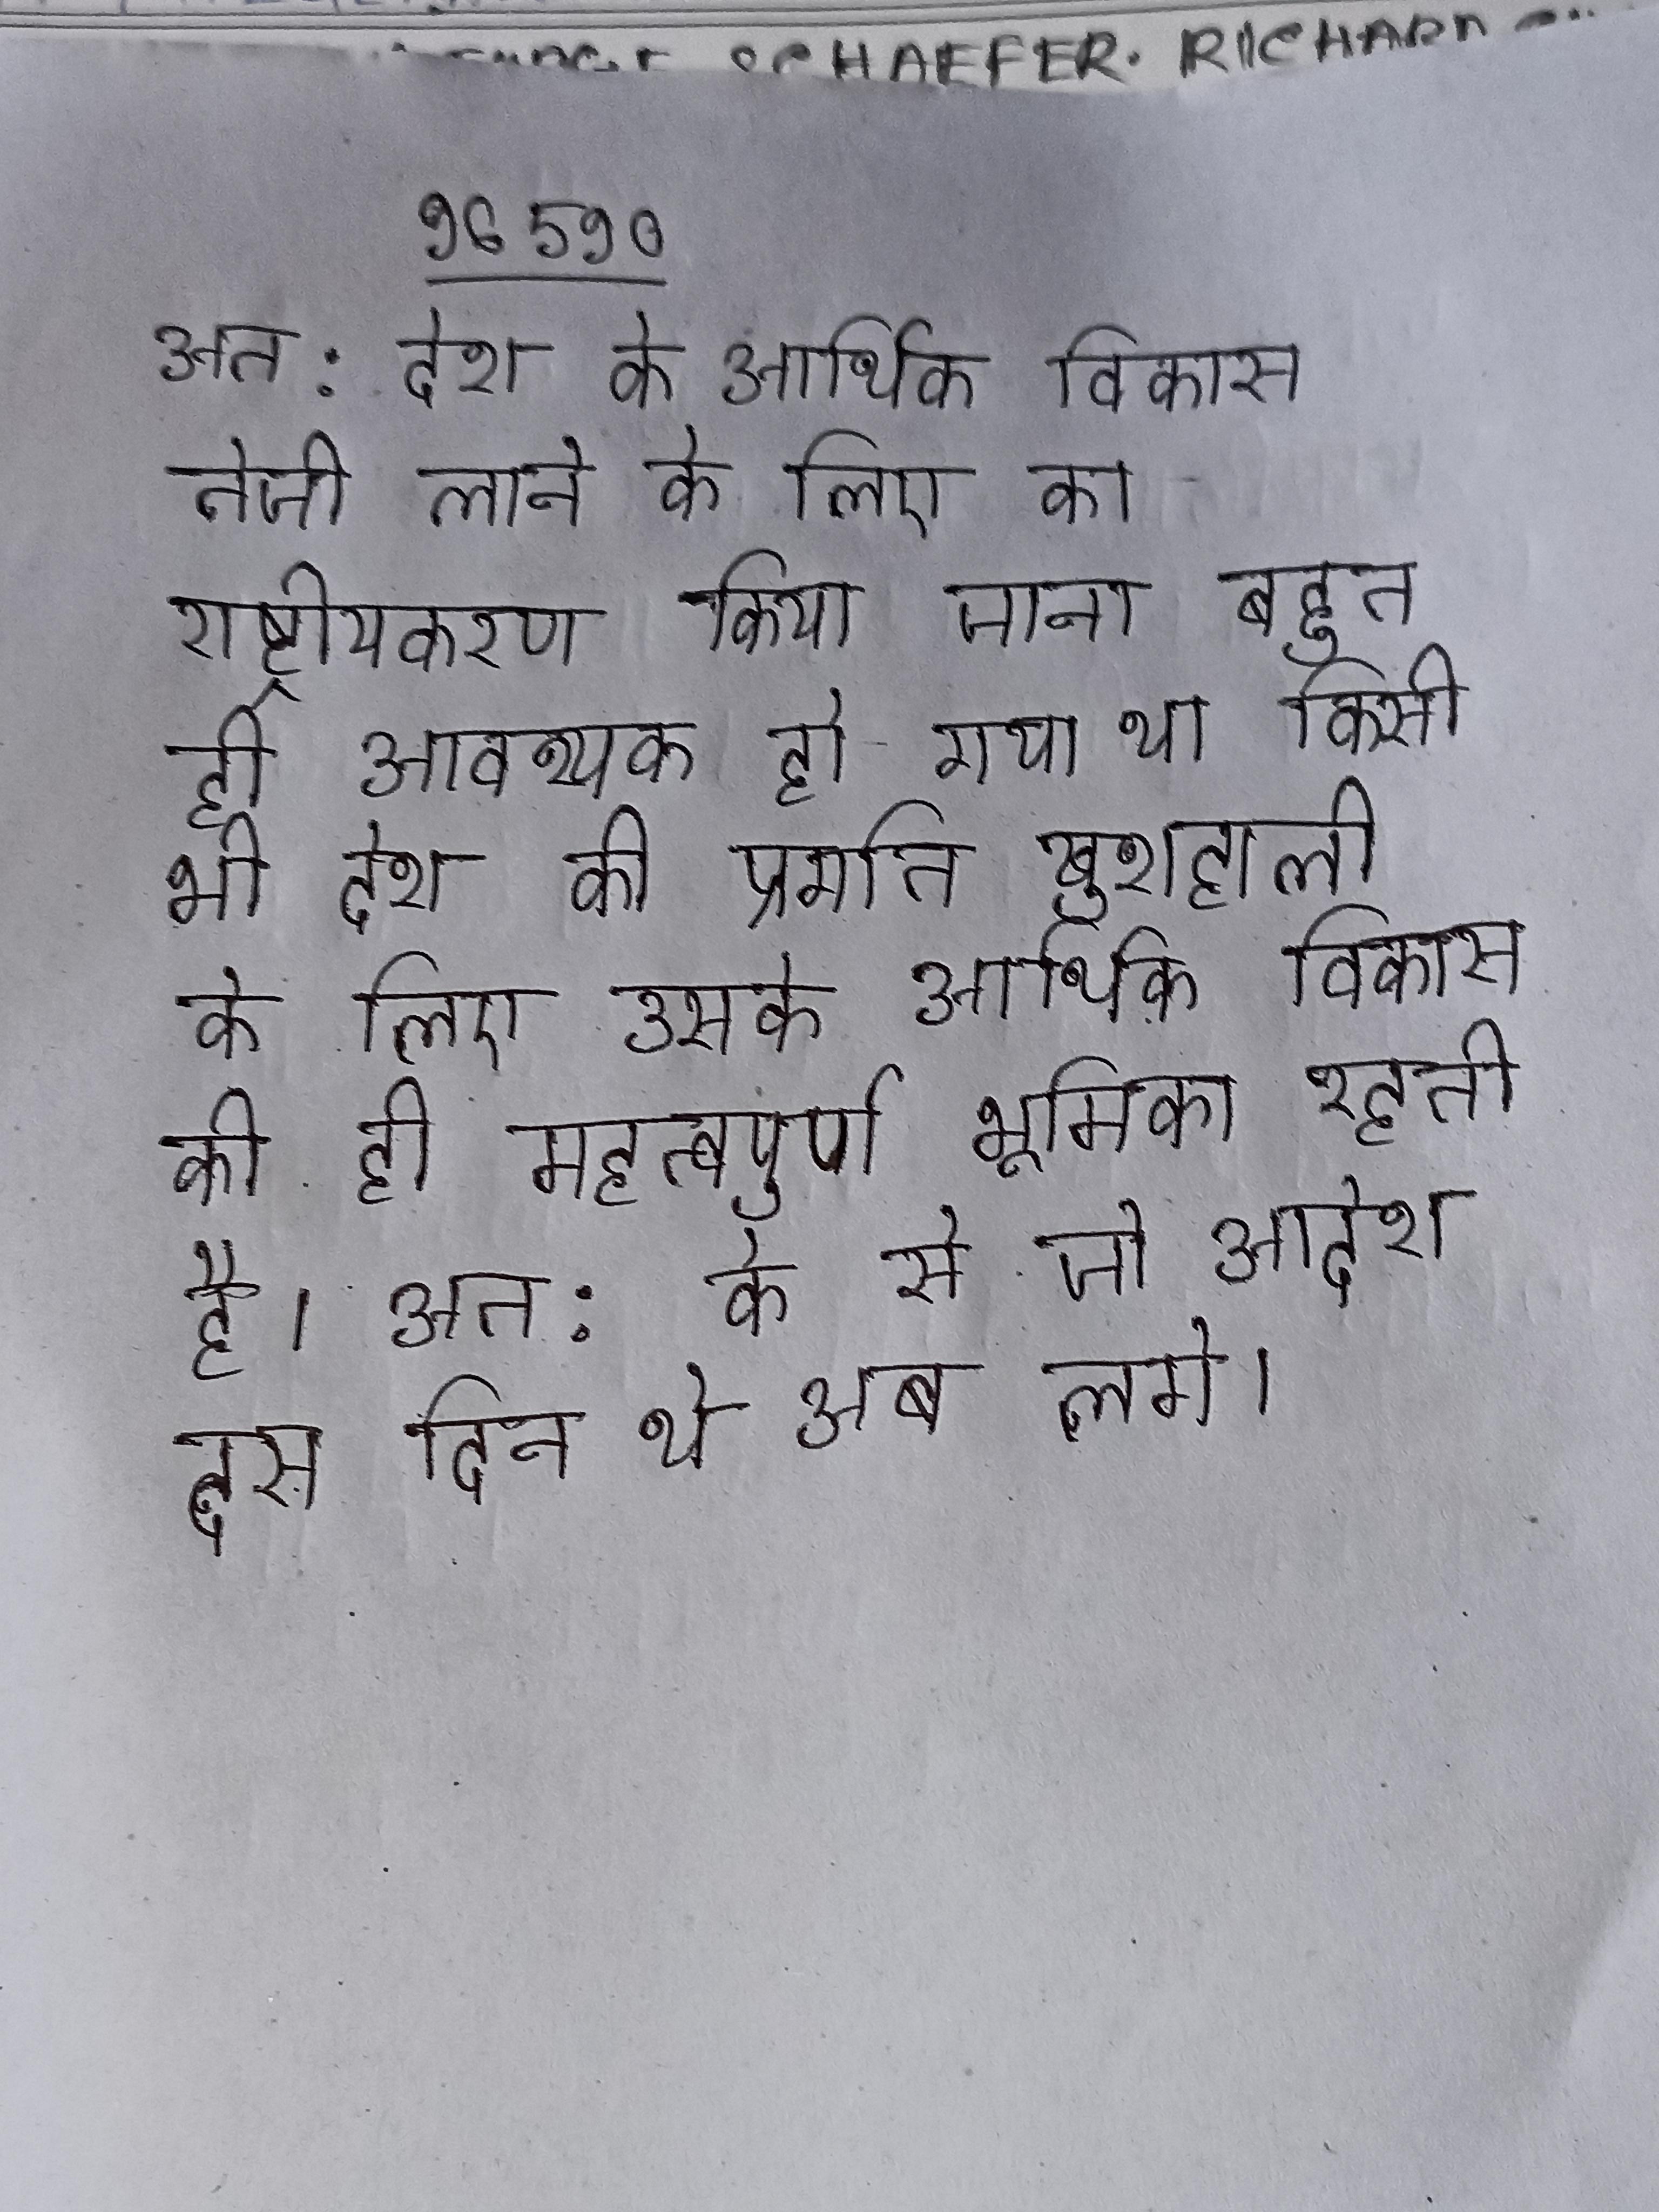
अत: देश के आर्थिक विकास तेजी लाने के लिए का राष्ट्रीयकरण किया जाना बहुत ही आवश्यक हो गया था किसी भी देश की प्रगति खुशहाली के लिए उसके आर्थिक विकास की ही महत्वपूर्ण भूमिका रहती है । अत: के से जो आदेश दस दिन थे अब लगे ।